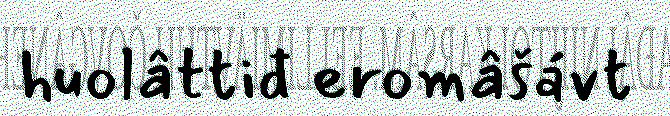
huolâttiđ eromâšávt